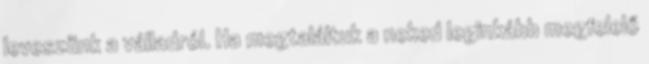
leveszünk a válladról. Ha megtaláltuk a neked leginkább megfelelő